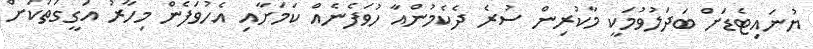
ޔުނައިޓެޑަށް ބަދަލުވުމަކީ މާކުރިން ސުރެ ދެކެމުންއާ ހުވަފެނެއް ކަމަށާއި އެހުވަފެން މިހާރު އަގީގަތަކަށް